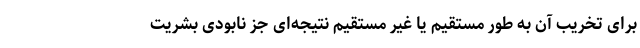
برای تخریب آن به طور مستقیم یا غیر مستقیم نتیجه‌ای جز نابودی بشریت